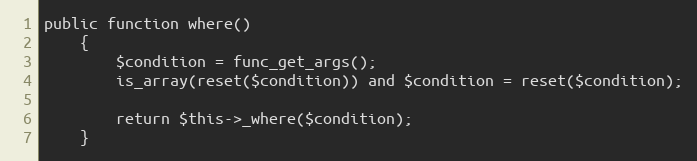
Language: PHP
public function where()
	{
		$condition = func_get_args();
		is_array(reset($condition)) and $condition = reset($condition);

		return $this->_where($condition);
	}